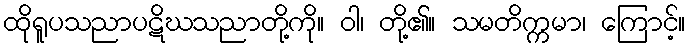
ထိုရူပသညာပဋိဃသညာတို့ကို။ ဝါ၊ တို့၏။ သမတိက္ကမာ၊ ကြောင့်။